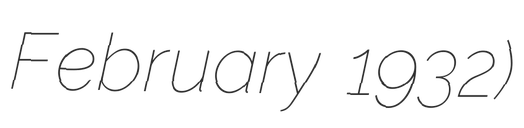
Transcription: February 1932)